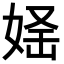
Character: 𡝛